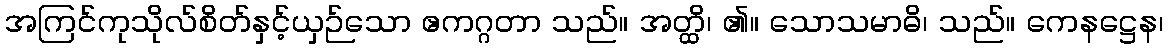
အကြင်ကုသိုလ်စိတ်နှင့်ယှဉ်သော ဧကဂ္ဂတာ သည်။ အတ္ထိ၊ ၏။ သောသမာဓိ၊ သည်။ ကေနဋ္ဌေန၊